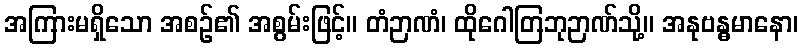
အကြားမရှိသော အစဉ်၏ အစွမ်းဖြင့်။ တံဉာဏံ၊ ထိုဂေါတြဘုဉာဏ်သို့။ အနုဗန္ဓမာနော၊